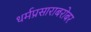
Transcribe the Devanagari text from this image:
धर्मप्रसाराबरोबर